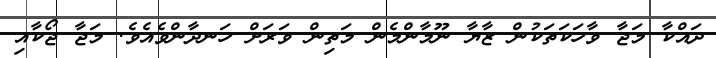
ދައްކާ މަޖާ ވާހަކަތަކުން ޒާޔާ ނޫމާންމެން މަތިން ވަރަށް ހަނދާންވެއެވެ. މަޖާ ޖޯކާއި